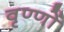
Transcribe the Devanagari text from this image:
वृण्णों